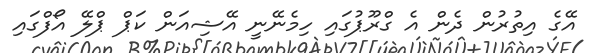
އޭގެ އިތުރުން ދެން އެ ގްރޫޕުގައި ހިމެނޭނީ އޭޝިއަން ކަޕް ޕްލޭ އޯފްގައި